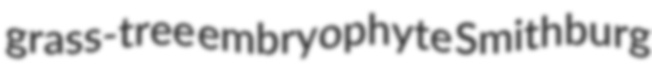
grass-tree embryophyte Smithburg